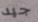
جيد